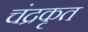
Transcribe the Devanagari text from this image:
चंद्रकृत